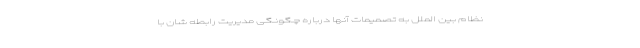
نظام بین الملل به تصمیمات آنها درباره چگونگی مدیریت رابطه شان با